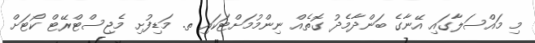
މި މައްސަލާގައި އޭނާގެ ބަންދާމެދު ގޮތެއް ނިންމުމަށްޓަކައި ތ. މަޑިފުށި މެޖިސްޓްރޭޓް ކޯޓަށް